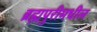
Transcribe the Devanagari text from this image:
ब्रह्मपुरीमधील